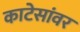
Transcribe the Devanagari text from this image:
काटेसांवर